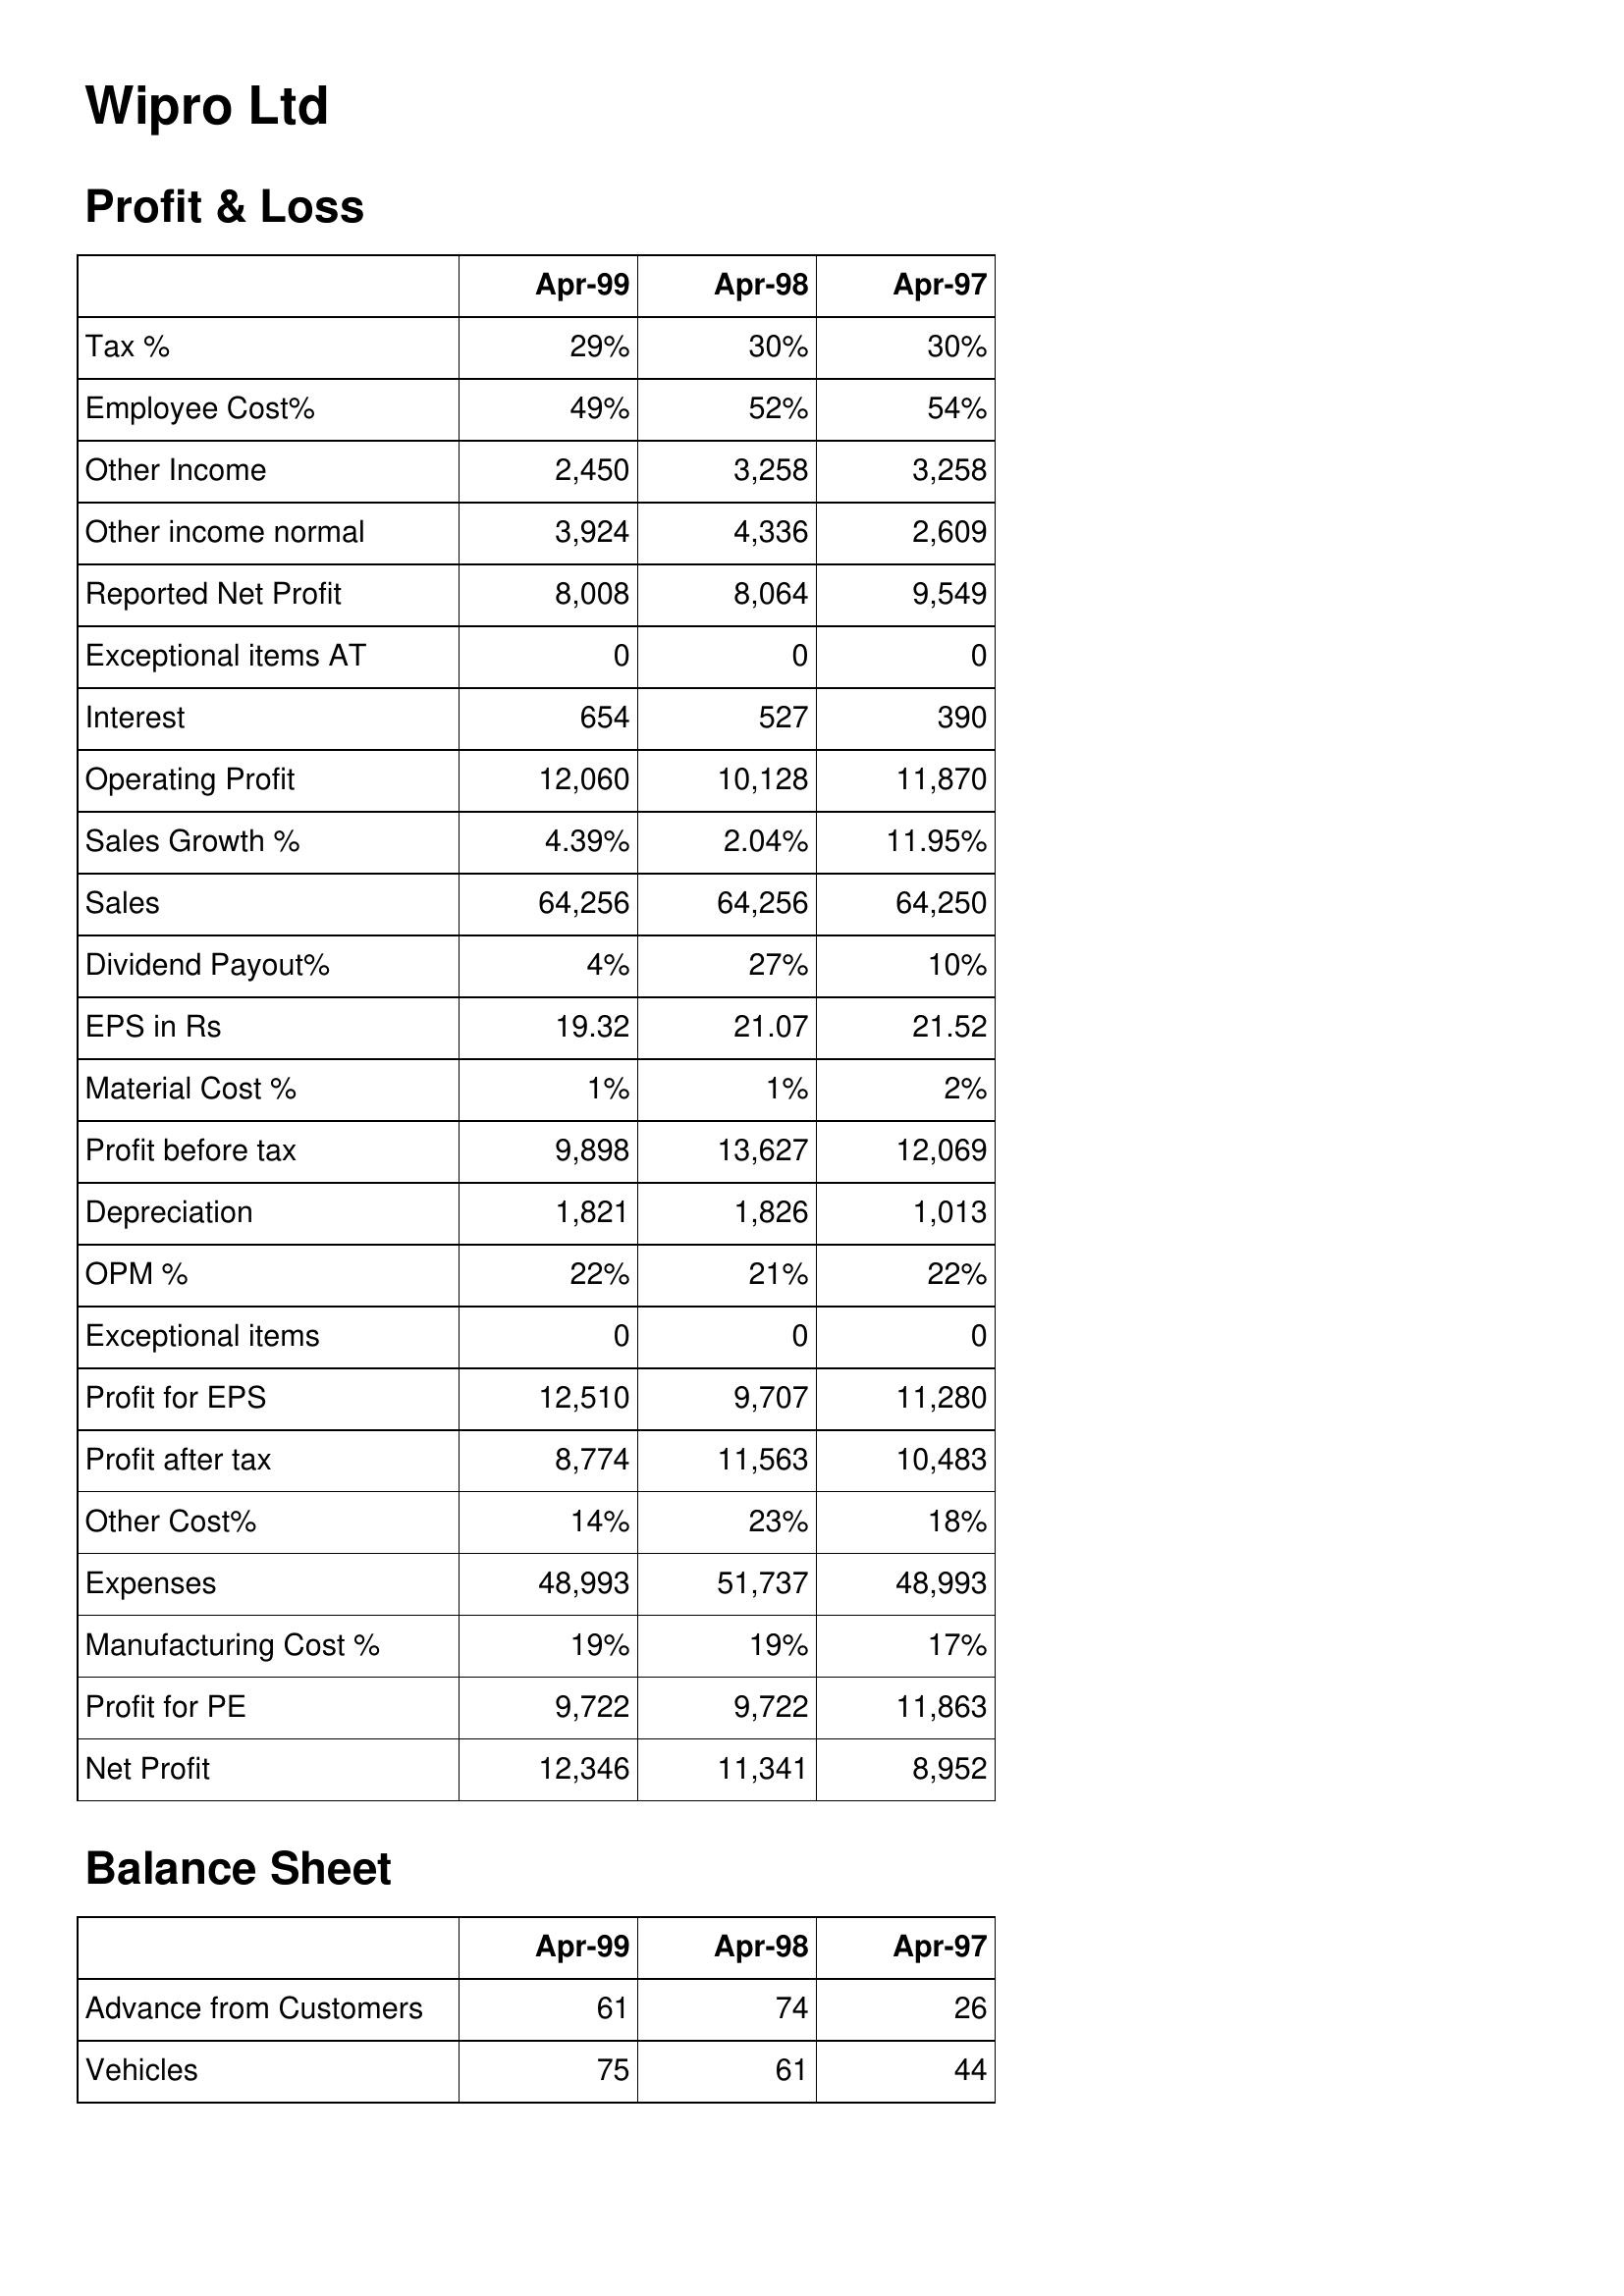
Apr-99: Profit & Loss: Tax %: 29%
Employee Cost%: 49%
Other Income: 2,450
Other income normal: 3,924
Reported Net Profit: 8,008
Exceptional items AT: 0
Interest: 654
Operating Profit: 12,060
Sales Growth %: 4.39%
Sales: 64,256
Dividend Payout%: 4%
EPS in Rs: 19.32
Material Cost %: 1%
Profit before tax: 9,898
Depreciation: 1,821
OPM %: 22%
Exceptional items: 0
Profit for EPS: 12,510
Profit after tax: 8,774
Other Cost%: 14%
Expenses: 48,993
Manufacturing Cost %: 19%
Profit for PE: 9,722
Net Profit: 12,346
Balance Sheet: Advance from Customers: 61
Vehicles: 75
Apr-98: Profit & Loss: Tax %: 30%
Employee Cost%: 52%
Other Income: 3,258
Other income normal: 4,336
Reported Net Profit: 8,064
Exceptional items AT: 0
Interest: 527
Operating Profit: 10,128
Sales Growth %: 2.04%
Sales: 64,256
Dividend Payout%: 27%
EPS in Rs: 21.07
Material Cost %: 1%
Profit before tax: 13,627
Depreciation: 1,826
OPM %: 21%
Exceptional items: 0
Profit for EPS: 9,707
Profit after tax: 11,563
Other Cost%: 23%
Expenses: 51,737
Manufacturing Cost %: 19%
Profit for PE: 9,722
Net Profit: 11,341
Balance Sheet: Advance from Customers: 74
Vehicles: 61
Apr-97: Profit & Loss: Tax %: 30%
Employee Cost%: 54%
Other Income: 3,258
Other income normal: 2,609
Reported Net Profit: 9,549
Exceptional items AT: 0
Interest: 390
Operating Profit: 11,870
Sales Growth %: 11.95%
Sales: 64,250
Dividend Payout%: 10%
EPS in Rs: 21.52
Material Cost %: 2%
Profit before tax: 12,069
Depreciation: 1,013
OPM %: 22%
Exceptional items: 0
Profit for EPS: 11,280
Profit after tax: 10,483
Other Cost%: 18%
Expenses: 48,993
Manufacturing Cost %: 17%
Profit for PE: 11,863
Net Profit: 8,952
Balance Sheet: Advance from Customers: 26
Vehicles: 44